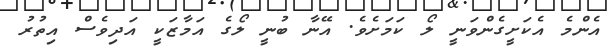
އެންމެ އެކަށީގެންވަނީ ލޯ ކަމަށެވެ. އޭނާ ބުނީ ލޯގެ އަމާޒަކީ އަދިވެސް އިތުރު